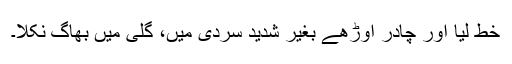
خط لیا اور چادر اوڑھے بغیر شدید سردی میں، گلی میں بھاگ نکلا۔